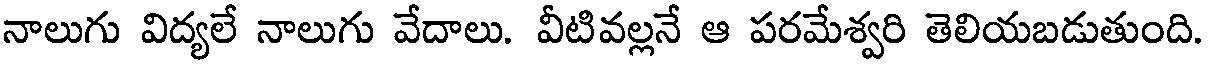
నాలుగు విద్యలే నాలుగు వేదాలు. వీటివల్లనే ఆ పరమేశ్వరి తెలియబడుతుంది